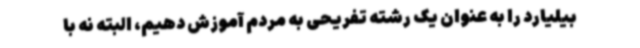
بیلیارد را به عنوان یک رشته تفریحی به مردم آموزش دهیم، البته نه با